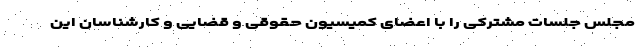
مجلس جلسات مشترکی را با اعضای کمیسیون حقوقی و قضایی و کارشناسان این